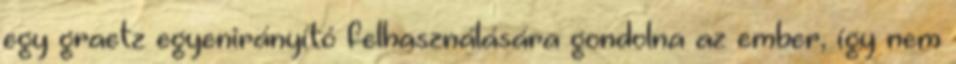
egy graetz egyenirányító felhasználására gondolna az ember, így nem